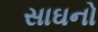
સાઘનો